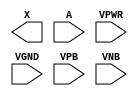
module sky130_fd_sc_lp__dlymetal6s4s (
    X   ,
    A   ,
    VPWR,
    VGND,
    VPB ,
    VNB
);

    output X   ;
    input  A   ;
    input  VPWR;
    input  VGND;
    input  VPB ;
    input  VNB ;
endmodule